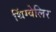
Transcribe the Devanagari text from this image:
थिंग्वेलिर